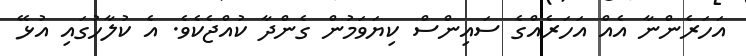
އަހަރެންނާ އެއް އަހަރެއްގެ ސައިންސް ކިޔަވަމުން ގެންދާ ކުއްޖެކެވެ. އެ ކުލާހުގައި އުޅޭ